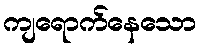
ကျရောက်နေသော